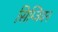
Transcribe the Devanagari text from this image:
सिम्जियन